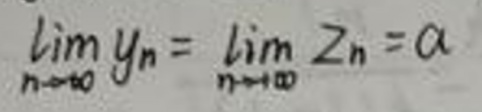
\[
\lim_{n \to \infty} y_n = \lim_{n \to \infty} z_n = a
\]